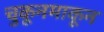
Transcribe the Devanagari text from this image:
चुकूनमाकून